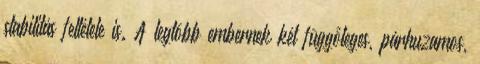
stabilitás feltétele is. A legtöbb embernek két függőleges, párhuzamos,